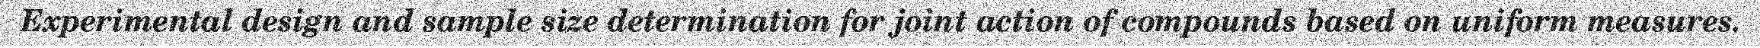
Experimental design and sample size determination for joint action of compounds based on uniform measures.